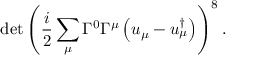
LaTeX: \operatorname * { d e t } \left( \frac { i } { 2 } \sum _ { \mu } \Gamma ^ { 0 } \Gamma ^ { \mu } \left( u _ { \mu } - u _ { \mu } ^ { \dagger } \right) \right) ^ { 8 } .